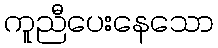
ကူညီပေးနေသော